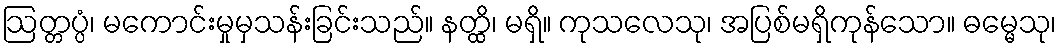
ဩတ္တပ္ပံ၊ မကောင်းမှုမှသန်းခြင်းသည်။ နတ္ထိ၊ မရှိ။ ကုသလေသု၊ အပြစ်မရှိကုန်သော။ ဓမ္မေသု၊